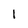
Character: 1